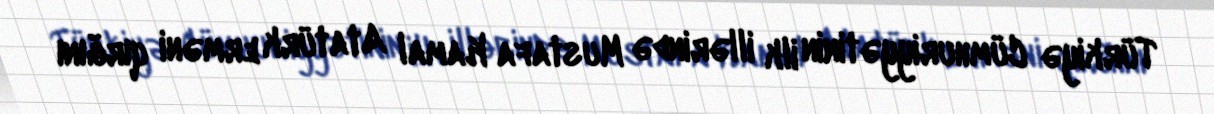
Türkiyə Cümhuriyyətinin ilk illərində Mustafa Kamal Atatürk erməni qırğını